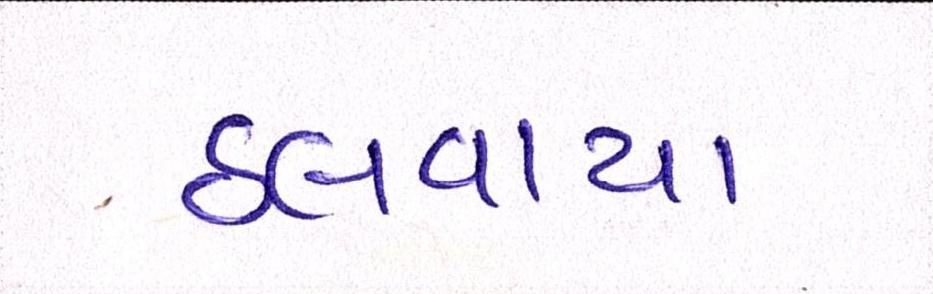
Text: ઠલવાયા